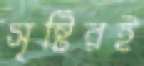
সৃষ্টিরই